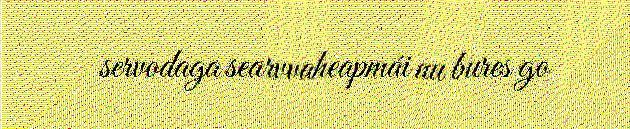
servodaga searvvaheapmái nu bures go